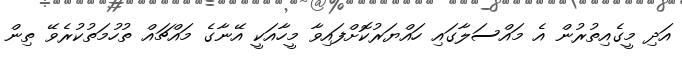
އަދި މީގެއިތުރުން އެ މައްސަލާގައި ހައްޔަރުކޮށްފައިވާ މީހާއަކީ އޭނާގެ މައްޗައް ތުހުމަތުކުރެވޭ ތިން